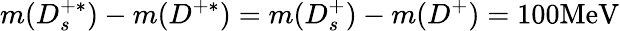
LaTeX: m(D_{s}^{+*})-m(D^{+*})=m(D_{s}^{+})-m(D^{+})=100\mathrm{MeV}